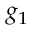
g _ { 1 }